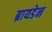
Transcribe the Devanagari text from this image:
ब्रायडेन